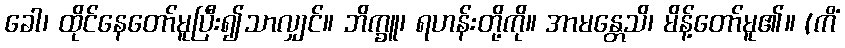
ခေါ၊ ထိုင်နေတော်မူပြီး၍သာလျှင်။ ဘိက္ခူ၊ ရဟန်းတို့ကို။ အာမန္တေသိ၊ မိန့်တော်မူ၏။ (ကိံ